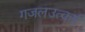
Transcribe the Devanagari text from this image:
गजलउत्कर्ष